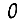
Digit: 0